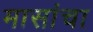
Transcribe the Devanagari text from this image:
मासांचा